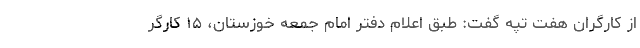
از کارگران هفت تپه گفت: طبق اعلام دفتر امام جمعه خوزستان، ۱۵ کارگر